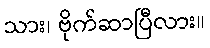
သား၊ ဗိုက်ဆာပြီလား။